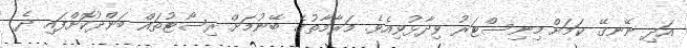
އަދި ނޭނގޭ ކަމަށް މިނިސްޓަރު ވިދާޅުވިއެވެ. މަރާމާތުގެ ބޭނުމަށް ރިސޯޓުތައް ބަންދުކޮށްފައި ދެ